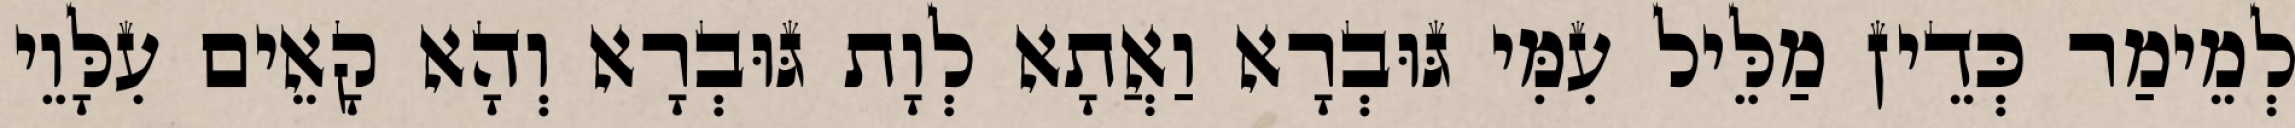
לְמֵימַר כְּדֵין מַלֵּיל עִמִּי גּוּבְרָא וַאֲתָא לְוָת גּוּבְרָא וְהָא קָאֵים עִלָּוֵי